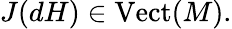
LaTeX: J(dH)\in{\mathrm{Vect}}(M).